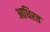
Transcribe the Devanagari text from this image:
आधिरत